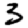
Digit: 3